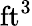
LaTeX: \mathrm{ft}^{3}